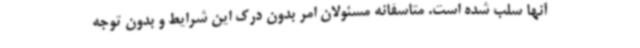
آنها سلب شده است. متاسفانه مسئولان امر بدون درک این شرایط و بدون توجه